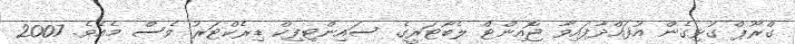
ގްރޫޕް ގުޅިގެން އުފައްދާފައިވާ ޖޮއިންޓް ލެބޯޓަރީގެ ސައިންޓިފިކް ޑިރެކްޓަރު ވެސް މެއެވެ. 2007